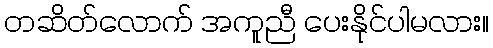
တဆိတ်လောက် အကူညီ ပေးနိုင်ပါမလား။